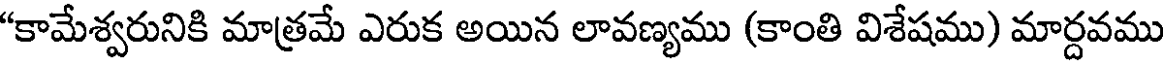
"కామేశ్వరునికి మాత్రమే ఎరుక అయిన లావణ్యము (కాంతి విశేషము) మార్దవము